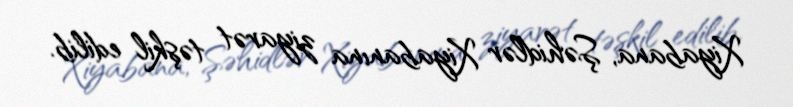
Xiyabana, Şəhidlər Xiyabanına ziyarət təşkil edilib.